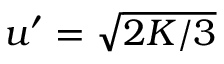
u ^ { \prime } = \sqrt { 2 K / 3 }